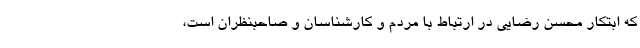
که ابتکار محسن رضایی در ارتباط با مردم و کارشناسان و صاحبنظران است،